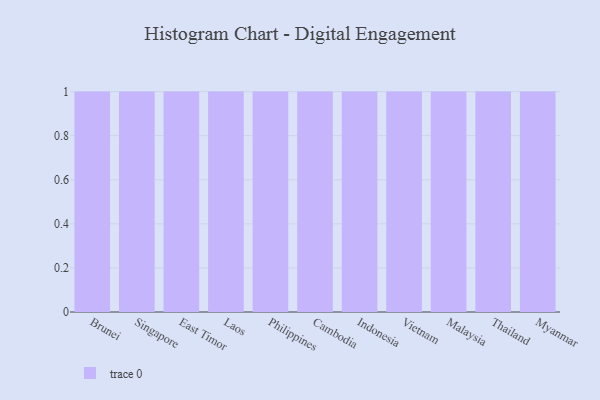
{"axis": {"x": "Country", "y": "Headcount"}, "legend": [""], "data": [{"x": "Brunei", "y": 78, "type": ""}, {"x": "Singapore", "y": 53, "type": ""}, {"x": "East Timor", "y": 84, "type": ""}, {"x": "Laos", "y": 13, "type": ""}, {"x": "Philippines", "y": 7, "type": ""}, {"x": "Cambodia", "y": 12, "type": ""}, {"x": "Indonesia", "y": 4, "type": ""}, {"x": "Vietnam", "y": 69, "type": ""}, {"x": "Malaysia", "y": 44, "type": ""}, {"x": "Thailand", "y": 99, "type": ""}, {"x": "Myanmar", "y": 71, "type": ""}]}